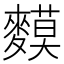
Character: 𪍤